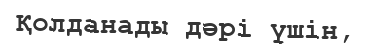
Қолданады дәрі үшін,